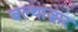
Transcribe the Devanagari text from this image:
बल्थाज़ार